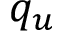
q _ { u }